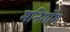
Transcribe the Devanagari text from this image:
मनिगोंग